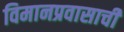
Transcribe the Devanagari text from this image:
विमानप्रवासाची